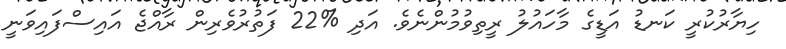
ހިޔާރުކުރީ ކަނޑު އަޑީގެ މާހައުލު ރީތިވުމުންނެވެ. އަދި %22 ފަތުރުވެރިން ރާއްޖެ އައިސްފައިވަނީ